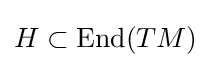
H\subset \operatorname {End} (TM)